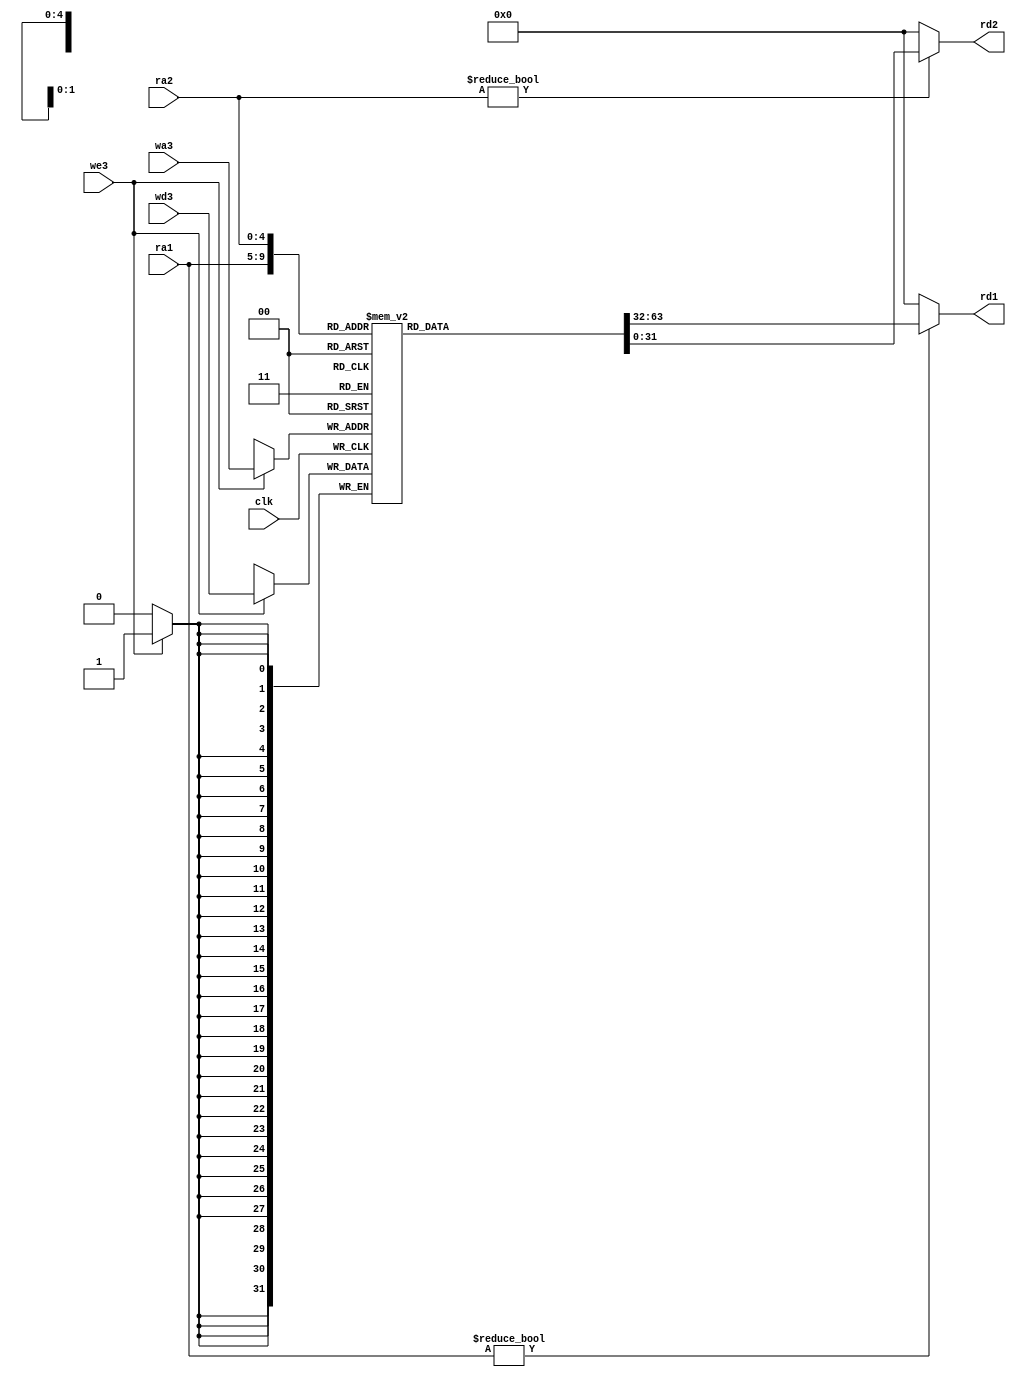
`timescale 1ns / 1ps
//////////////////////////////////////////////////////////////////////////////////
// Company: 
// Engineer: 
// 
// Design Name: 
// Module Name: regfile
// Project Name: 
// Target Devices: 
// Tool Versions: 
// Description: 
// 
// Dependencies: 
// 
// Revision:
// Revision 0.01 - File Created
// Additional Comments:
// 
//////////////////////////////////////////////////////////////////////////////////


module regfile(
                input clk,
                input we3,
                input [4:0] ra1,ra2,wa3,
                input [31:0] wd3,
                output [31:0] rd1,rd2

    );
    reg [31:0] rf[31:0];
    //3 port register file
    //read 2 ports combnationaly
    //write thried port on rising edge
    //register 0 is always zero
    always@(posedge clk)
        if(we3) rf[wa3]<=wd3;
    assign rd1=(ra1 !=0)? rf[ra1]:0;
    assign rd2=(ra2 !=0)? rf[ra2]:0;
endmodule